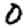
Digit: 0